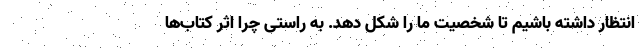
انتظار داشته باشیم تا شخصیت ما را شکل دهد. به راستی چرا اثر کتاب‌ها